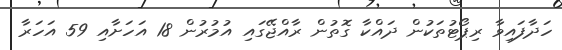
ހަދާފައިވާ ރިޕޯޓުތަކުން ދައްކާ ގޮތުން ރާއްޖޭގައި އުމުރުން 18 އަހަށާއި 59 އަހަރާ